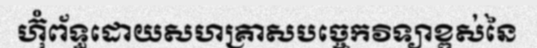
ហ៊ុំព័ទ្ធដោយសហគ្រាសបច្ចេកវិទ្យាខ្ពស់នៃ